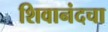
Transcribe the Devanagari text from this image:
शिवानंदचा